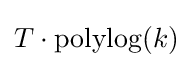
T\cdot \mathrm {polylog} (k)